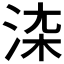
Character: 𱦙